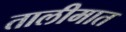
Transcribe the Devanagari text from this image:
तालीमात